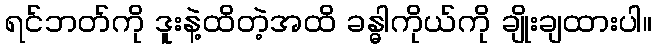
ရင်ဘတ်ကို ဒူးနဲ့ထိတဲ့အထိ ခန္ဓါကိုယ်ကို ချိုးချထားပါ။